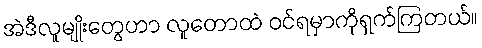
အဲဒီလူမျိုးတွေဟာ လူတောထဲ ဝင်ရမှာကိုရှက်ကြတယ်။